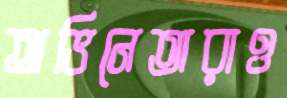
অভিনেতারাও